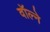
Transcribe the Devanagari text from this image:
वॉल्ने